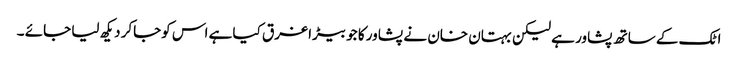
اٹک کے ساتھ پشاور ہے لیکن بہتان خان نے پشاور کا جو بیڑا غرق کیا ہے اس کوجاکر دیکھ لیا جائے ۔